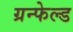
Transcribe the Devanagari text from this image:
ग्रन्फेल्ड